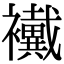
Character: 襶